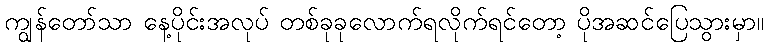
ကျွန်တော်သာ နေ့ပိုင်းအလုပ် တစ်ခုခုလောက်ရလိုက်ရင်တော့ ပိုအဆင်ပြေသွားမှာ။